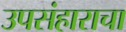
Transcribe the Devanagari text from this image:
उपसंहाराचा